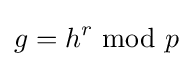
g=h^{r}{\text{ mod }}p